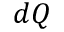
d Q